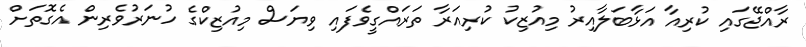
ރާއްޖޭގައި ކުރިއާ އަޅާބަލާއިރު މިއުޒިކު ކުރިއަރާ ތަަރައްގީވެފައި ވިޔަސް މިއުޒިކްގެ ހުނަރުވެރިން އެގޮތަށް